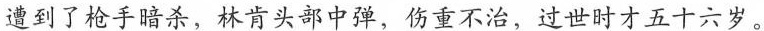
遭到了枪手暗杀，林肯头部中弹，伤重不治，过世时才五十六岁。